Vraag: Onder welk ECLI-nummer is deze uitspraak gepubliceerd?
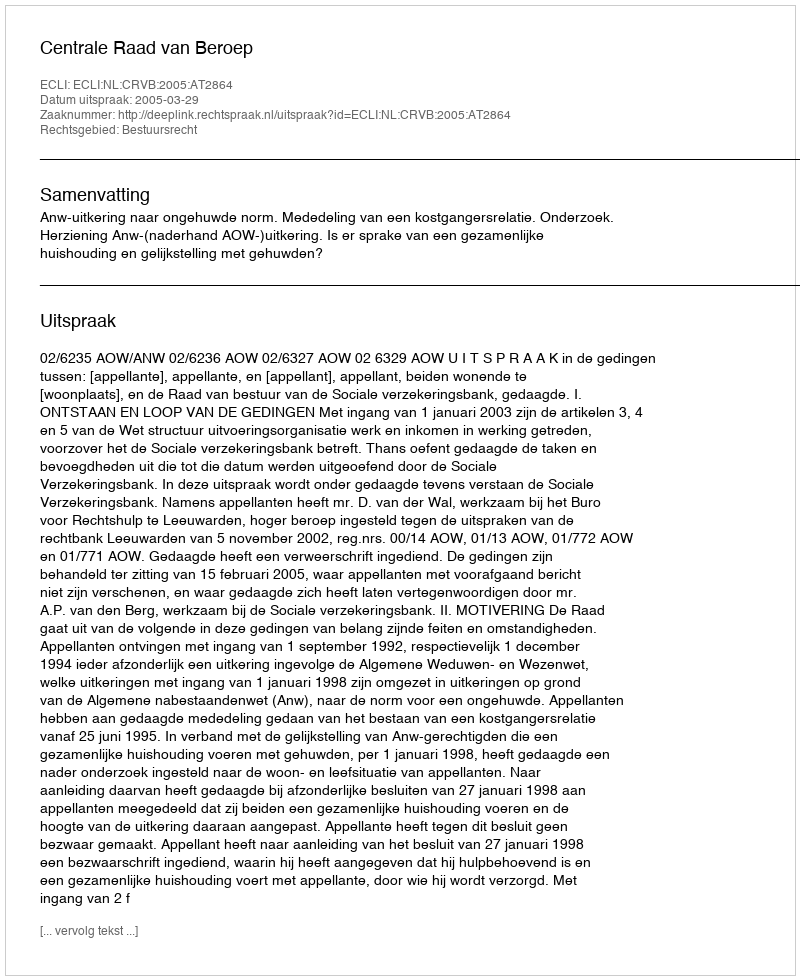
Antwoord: ECLI:NL:CRVB:2005:AT2864